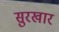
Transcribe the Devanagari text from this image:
सुरखार